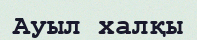
Ауыл халқы